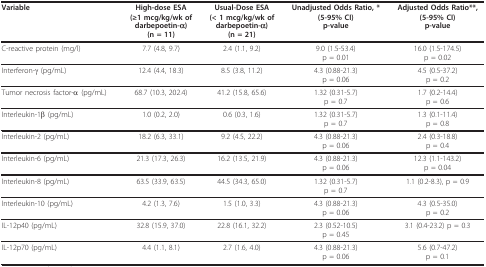
<table><thead><tr><td><b>Variable</b></td><td><b>High-dose ESA(≥1 mcg/kg/wk ofdarbepoetin-α)(n = 11)</b></td><td><b>Usual-Dose ESA(&lt; 1 mcg/kg/wk ofdarbepoetin-α)(n = 21)</b></td><td><b>Unadjusted Odds Ratio, *(5-95% CI)p-value</b></td><td><b>Adjusted Odds Ratio**,(5-95% CI)p-value</b></td></tr></thead><tbody><tr><td>C-reactive protein (mg/l)</td><td>7.7 (4.8, 9.7)</td><td>2.4 (1.1, 9.2)</td><td>9.0 (1.5-53.4)p = 0.01</td><td>16.0 (1.5-174.5)p = 0.02</td></tr><tr><td>Interferon-γ (pg/mL)</td><td>12.4 (4.4, 18.3)</td><td>8.5 (3.8, 11.2)</td><td>4.3 (0.88-21.3)p = 0.06</td><td>4.5 (0.5-37.2)p = 0.2</td></tr><tr><td>Tumor necrosis factor-α (pg/mL)</td><td>68.7 (10.3, 202.4)</td><td>41.2 (15.8, 65.6)</td><td>1.32 (0.31-5.7)p = 0.7</td><td>1.7 (0.2-14.4)p = 0.6</td></tr><tr><td>Interleukin-1β (pg/mL)</td><td>1.0 (0.2, 2.0)</td><td>0.6 (0.3, 1.6)</td><td>1.32 (0.31-5.7)p = 0.7</td><td>1.3 (0.1-11.4)p = 0.8</td></tr><tr><td>Interleukin-2 (pg/mL)</td><td>18.2 (6.3, 33.1)</td><td>9.2 (4.5, 22.2)</td><td>4.3 (0.88-21.3)p = 0.06</td><td>2.4 (0.3-18.8)p = 0.4</td></tr><tr><td>Interleukin-6 (pg/mL)</td><td>21.3 (17.3, 26.3)</td><td>16.2 (13.5, 21.9)</td><td>4.3 (0.88-21.3)p = 0.06</td><td>12.3 (1.1-143.2)p = 0.04</td></tr><tr><td>Interleukin-8 (pg/mL)</td><td>63.5 (33.9, 63.5)</td><td>44.5 (34.3, 65.0)</td><td>1.32 (0.31-5.7)p = 0.7</td><td>1.1 (0.2-8.3), p = 0.9</td></tr><tr><td>Interleukin-10 (pg/mL)</td><td>4.2 (1.3, 7.6)</td><td>1.5 (1.0, 3.3)</td><td>4.3 (0.88-21.3)p = 0.06</td><td>4.3 (0.5-35.0)p = 0.2</td></tr><tr><td>IL-12p40 (pg/mL)</td><td>32.8 (15.9, 37.0)</td><td>22.8 (16.1, 32.2)</td><td>2.3 (0.52-10.5)p = 0.45</td><td>3.1 (0.4-23.2) p = 0.3</td></tr><tr><td>IL-12p70 (pg/mL)</td><td>4.4 (1.1, 8.1)</td><td>2.7 (1.6, 4.0)</td><td>4.3 (0.88-21.3)p = 0.06</td><td>5.6 (0.7-47.2)p = 0.1</td></tr></tbody></table>